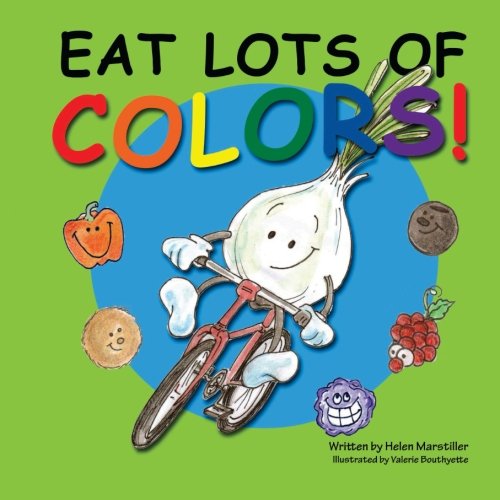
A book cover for Eat Lots of Colors: A Colorful Look at Healthy Nutrition for Children; Helen Marstiller; Children's Books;